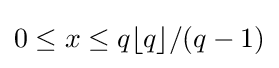
0\leq x\leq q\lfloor q\rfloor /(q-1)